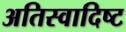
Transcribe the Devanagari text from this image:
अतिस्‍वादिष्‍ट